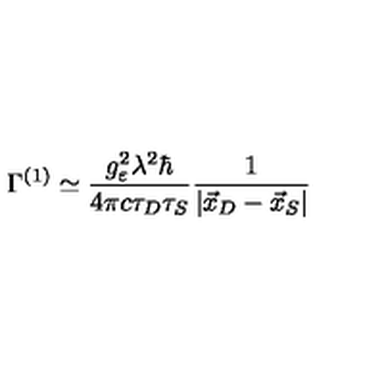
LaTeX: \Gamma ^ { ( 1 ) } \simeq \frac { g _ { \varepsilon } ^ { 2 } \lambda ^ { 2 } \hbar } { 4 \pi c \tau _ { D } \tau _ { S } } \frac { 1 } { | \vec { x } _ { D } - \vec { x } _ { S } | }